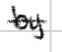
Text: by
Cross-out: single-line
Writing tool: digital_black